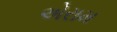
એરામ